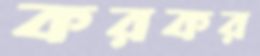
করকর